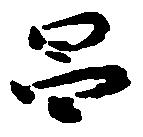
昌